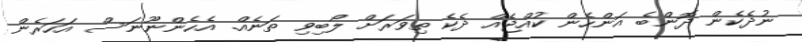
ނުދެކެން ދޮންބެ އަންހެން ކުއްޖެއް ދެކެ ތިވަރަށް ލޯބިވި ތަނެއް. އެހެންނޫނަސް އަހަރެން